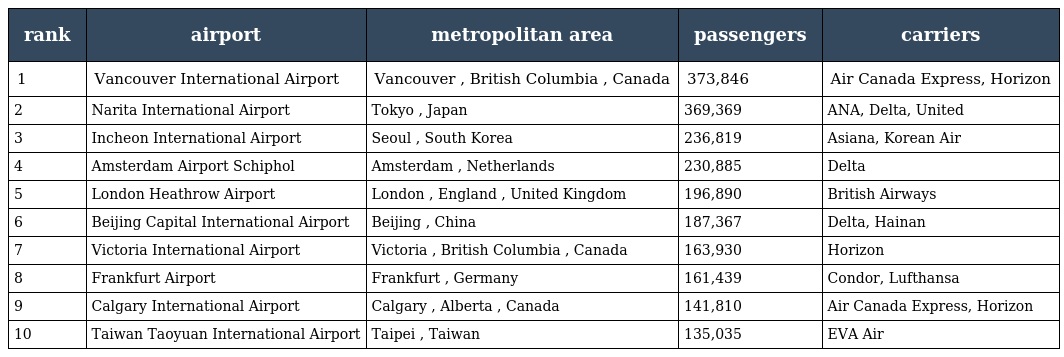
| rank | airport | metropolitan area | passengers | carriers |
 | --- | --- | --- | --- | --- |
 | 1 | Vancouver International Airport | Vancouver , British Columbia , Canada | 373,846 | Air Canada Express, Horizon |
 | 2 | Narita International Airport | Tokyo , Japan | 369,369 | ANA, Delta, United |
 | 3 | Incheon International Airport | Seoul , South Korea | 236,819 | Asiana, Korean Air |
 | 4 | Amsterdam Airport Schiphol | Amsterdam , Netherlands | 230,885 | Delta |
 | 5 | London Heathrow Airport | London , England , United Kingdom | 196,890 | British Airways |
 | 6 | Beijing Capital International Airport | Beijing , China | 187,367 | Delta, Hainan |
 | 7 | Victoria International Airport | Victoria , British Columbia , Canada | 163,930 | Horizon |
 | 8 | Frankfurt Airport | Frankfurt , Germany | 161,439 | Condor, Lufthansa |
 | 9 | Calgary International Airport | Calgary , Alberta , Canada | 141,810 | Air Canada Express, Horizon |
 | 10 | Taiwan Taoyuan International Airport | Taipei , Taiwan | 135,035 | EVA Air |